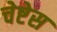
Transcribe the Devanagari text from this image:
चेष्टेस